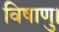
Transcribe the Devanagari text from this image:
विषाणु।